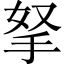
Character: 拏